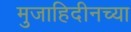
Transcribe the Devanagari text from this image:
मुजाहिदीनच्या